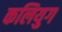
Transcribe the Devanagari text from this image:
कलियुग